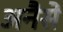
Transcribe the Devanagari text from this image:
अनैसे